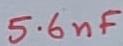
Text: 5.6nF